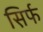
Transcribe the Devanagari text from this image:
स़िर्फ